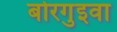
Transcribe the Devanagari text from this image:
बोरगुइवा